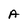
Character: A